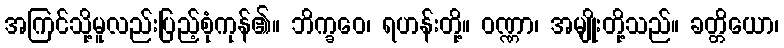
အကြင်သို့မူလည်းပြည့်စုံကုန်၏။ ဘိက္ခဝေ၊ ရဟန်းတို့။ ဝဏ္ဏာ၊ အမျိုးတို့သည်။ ခတ္တိယော၊